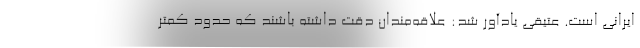
ایرانی است. عتیقی یادآور شد: علاقه‌مندان دقت داشته باشند که حدود کمتر